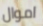
اموال